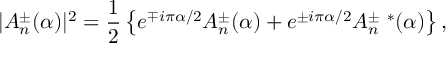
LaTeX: | A _ { n } ^ { \pm } ( \alpha ) | ^ { 2 } = { \frac { 1 } { 2 } } \left\{ e ^ { \mp i \pi \alpha / 2 } A _ { n } ^ { \pm } ( \alpha ) + e ^ { \pm i \pi \alpha / 2 } A _ { n } ^ { \pm \ * } ( \alpha ) \right\} ,